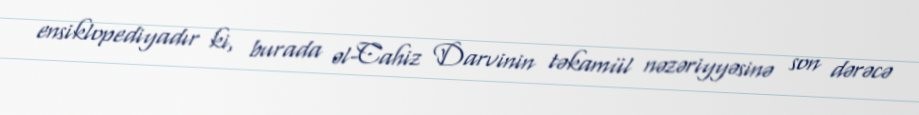
ensiklopediyadır ki, burada əl-Cahiz Darvinin təkamül nəzəriyyəsinə son dərəcə